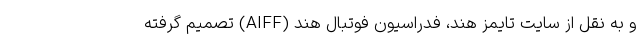
و به نقل از سایت تایمز هند، فدراسیون فوتبال هند (AIFF) تصمیم گرفته